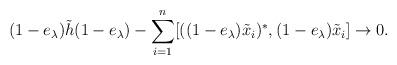
LaTeX: \begin{align*}(1-e_\lambda)\tilde h(1-e_{\lambda})-\sum_{i=1}^n [((1-e_\lambda)\tilde x_i)^*,(1-e_{\lambda})\tilde x_i]\to 0.\end{align*}